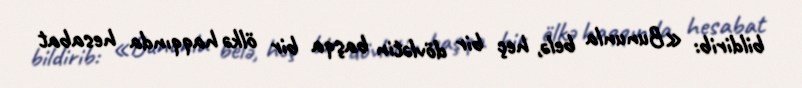
bildirib: «Bununla belə, heç bir dövlətin başqa bir ölkə haqqında hesabat